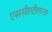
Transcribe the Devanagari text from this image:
एससीएटीएएनए